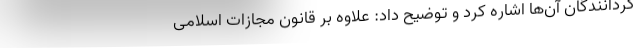
گردانندگان آن‌ها اشاره کرد و توضیح داد: علاوه بر قانون مجازات اسلامی